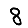
Digit: 8